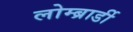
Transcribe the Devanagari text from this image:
लोम्ब्रार्डी